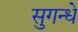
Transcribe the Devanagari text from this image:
सुगन्धे